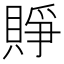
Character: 𧶄